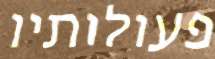
פעולותיו